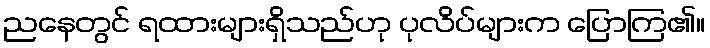
ညနေတွင် ရထားများရှိသည်ဟု ပုလိပ်များက ပြောကြ၏။